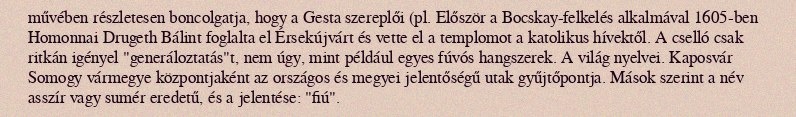
művében részletesen boncolgatja, hogy a Gesta szereplői (pl. Először a Bocskay-felkelés alkalmával 1605-ben Homonnai Drugeth Bálint foglalta el Érsekújvárt és vette el a templomot a katolikus hívektől. A cselló csak ritkán igényel "generáloztatás"t, nem úgy, mint például egyes fúvós hangszerek. A világ nyelvei. Kaposvár Somogy vármegye központjaként az országos és megyei jelentőségű utak gyűjtőpontja. Mások szerint a név asszír vagy sumér eredetű, és a jelentése: "fiú".